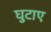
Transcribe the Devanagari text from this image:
घुटाए